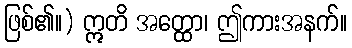
ဖြစ်၏။) ဣတိ အတ္ထော၊ ဤကားအနက်။